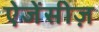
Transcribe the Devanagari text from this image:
ऐजेंसीज़